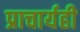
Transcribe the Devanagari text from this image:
प्राचार्यही